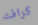
كرافت